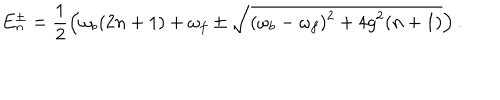
LaTeX: E _ { n } ^ { \pm } = \frac { 1 } { 2 } \left( \omega _ { b } ( 2 n + 1 ) + \omega _ { f } \pm \sqrt { ( \omega _ { b } - \omega _ { f } ) ^ { 2 } + 4 g ^ { 2 } ( n + 1 ) } \right) .